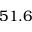
5 1 . 6